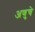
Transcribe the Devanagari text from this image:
अणुचे